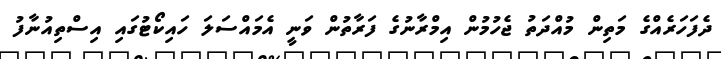
ދެފަހަރެއްގެ މަތިން މުއްދަތު ޖެހުމުން އިމްރާނުގެ ފަރާތުން ވަނީ އެމައްސަލަ ހައިކޯޓުގައި އިސްތިއުނާފު